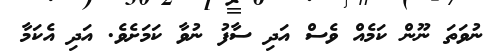
ނުވަތަ ނޫން ކަމެއް ވެސް އަދި ސާފު ނުވާ ކަމަށެވެ. އަދި އެކަމާ